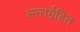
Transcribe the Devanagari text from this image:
अन्तर्ग्रहित